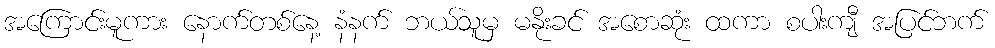
အကြောင်းမူကား နောက်တစ်နေ့ နံနက် ဘယ်သူမှ မနိုးခင် အစောဆုံး ထကာ စပါးကျီ အပြင်ဘက်